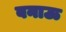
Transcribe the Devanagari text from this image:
बनाऊ